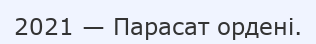
2021 — Парасат ордені.